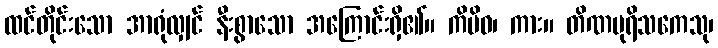
ထင်တိုင်းသော အာရုံလျှင် နီးစွာသော အကြောင်းရှိ၏။ ကိမိဝ၊ ကား။ တိဏပုရိသကေသု၊